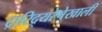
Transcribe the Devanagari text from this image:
द्रारिद्र्यरेषेखाली